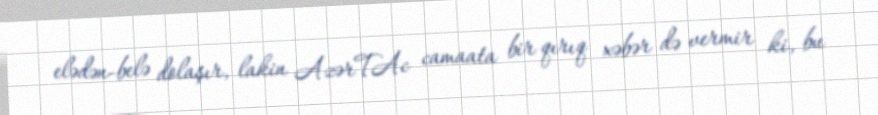
elədən-belə dolaşır, lakin AzərTAc camaata bir qırıq xəbər də vermir ki, bu